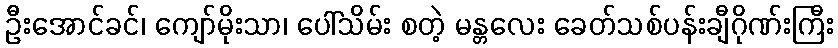
ဦးအောင်ခင်၊ ကျော်မိုးသာ၊ ပေါ်သိမ်း စတဲ့ မန္တလေး ခေတ်သစ်ပန်းချီဂိုဏ်းကြီး